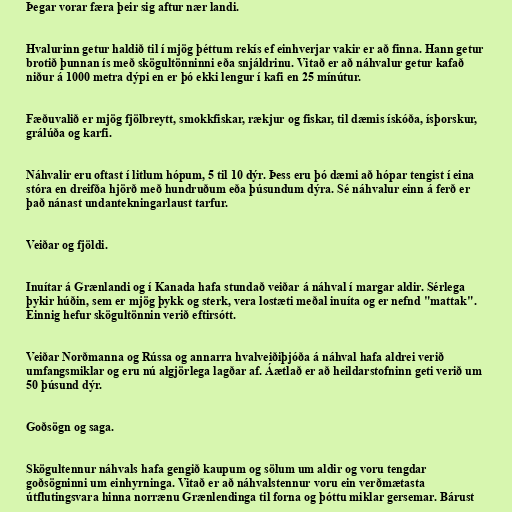
Þegar vorar færa þeir sig aftur nær landi.

Hvalurinn getur haldið til í mjög þéttum rekís ef einhverjar vakir er að finna. Hann getur
brotið þunnan ís með skögultönninni eða snjáldrinu. Vitað er að náhvalur getur kafað
niður á 1000 metra dýpi en er þó ekki lengur í kafi en 25 mínútur.

Fæðuvalið er mjög fjölbreytt, smokkfiskar, rækjur og fiskar, til dæmis ískóða, ísþorskur,
grálúða og karfi.

Náhvalir eru oftast í litlum hópum, 5 til 10 dýr. Þess eru þó dæmi að hópar tengist í eina
stóra en dreifða hjörð með hundruðum eða þúsundum dýra. Sé náhvalur einn á ferð er
það nánast undantekningarlaust tarfur.

Veiðar og fjöldi.

Inuítar á Grænlandi og í Kanada hafa stundað veiðar á náhval í margar aldir. Sérlega
þykir húðin, sem er mjög þykk og sterk, vera lostæti meðal inuíta og er nefnd "mattak".
Einnig hefur skögultönnin verið eftirsótt.

Veiðar Norðmanna og Rússa og annarra hvalveiðiþjóða á náhval hafa aldrei verið
umfangsmiklar og eru nú algjörlega lagðar af. Áætlað er að heildarstofninn geti verið um
50 þúsund dýr.

Goðsögn og saga.

Skögultennur náhvals hafa gengið kaupum og sölum um aldir og voru tengdar
goðsögninni um einhyrninga. Vitað er að náhvalstennur voru ein verðmætasta
útflutingsvara hinna norrænu Grænlendinga til forna og þóttu miklar gersemar. Bárust